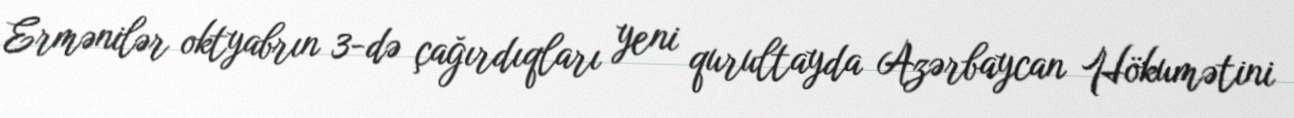
Ermənilər oktyabrın 3-də çağırdıqları yeni qurultayda Azərbaycan Hökumətini